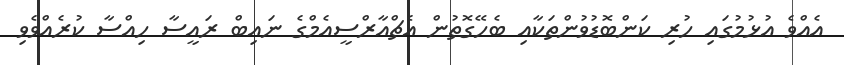
އެއްވެ އުޅުމުގައި ހުރި ކަންބޮޑުވުންތަކާއި ބެހޭގޮތުން އެޗްއާރްސީއެމްގެ ނައިބް ރައީސާ ހިއްސާ ކުރެއްވެވި